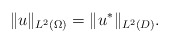
\begin{align*}\| u\|_{L^{2}(\Omega)}=\| u^{\ast}\|_{L^{2}(D)}.\end{align*}